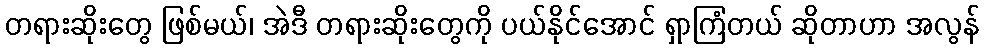
တရားဆိုးတွေ ဖြစ်မယ်၊ အဲဒီ တရားဆိုးတွေကို ပယ်နိုင်အောင် ရှာကြံတယ် ဆိုတာဟာ အလွန်